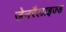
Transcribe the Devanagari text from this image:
जेनरैलाइज्ड